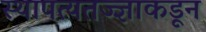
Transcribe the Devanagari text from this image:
स्थापत्यतज्‍ज्ञाकडून